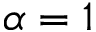
\alpha = 1